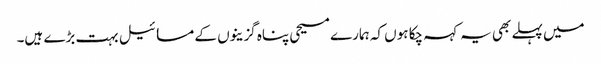
میں پہلے بھی یہ کہہ چکا ہوں کہ ہمارے مسیحی پناہ گزینوں کے مسائیل بہت بڑے ہیں۔